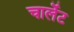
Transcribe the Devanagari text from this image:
चार्लेट